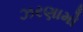
ઝરણામો